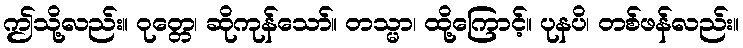
ဤသို့လည်း။ ဝုတ္တေ၊ ဆိုကုန်သော်။ တသ္မာ၊ ထို့ကြောင့်။ ပုနပိ၊ တစ်ဖန်လည်း။